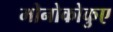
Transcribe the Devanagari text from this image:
मोनोकोकुए